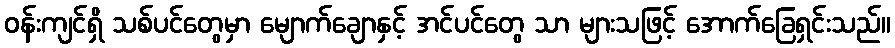
ဝန်းကျင်ရှိ သစ်ပင်တွေမှာ မျောက်ချောနှင့် အင်ပင်တွေ သာ များသဖြင့် အောက်ခြေရှင်းသည်။